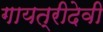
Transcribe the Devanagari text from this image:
गायत्रीदेवी